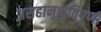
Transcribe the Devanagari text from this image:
असहानूभुतिपूर्ण